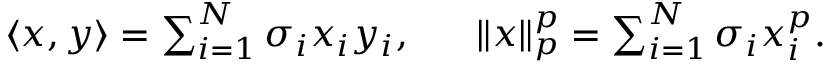
\begin{array} { r } { \langle { \boldsymbol x } , { \boldsymbol y } \rangle = \sum _ { i = 1 } ^ { N } \sigma _ { i } x _ { i } y _ { i } , \ \ \ \ \ \| { \boldsymbol x } \| _ { p } ^ { p } = \sum _ { i = 1 } ^ { N } \sigma _ { i } x _ { i } ^ { p } . } \end{array}